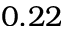
0 . 2 2